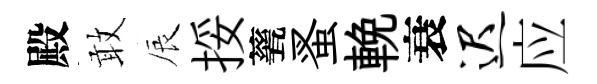
殿敢辰挼甆蚤輓衰迟应